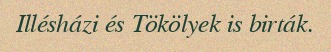
Illésházi és Tökölyek is birták.